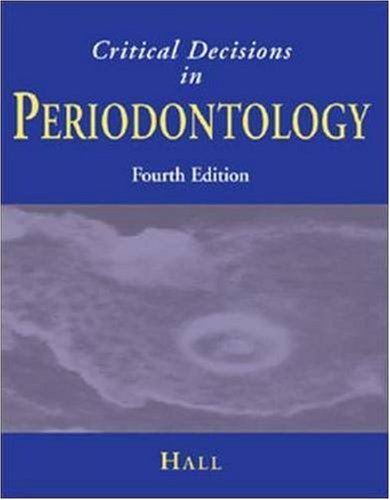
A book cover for Critical Decisions in Periodontology, Fourth Edition; Walter B. Hall; Medical Books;